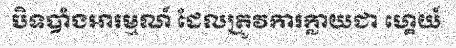
បិទបាំងអារម្មណ៍ ដែលត្រូវការក្លាយជា ហ្គេយ៍